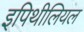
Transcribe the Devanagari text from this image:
इपिथीलियल